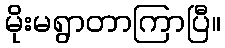
မိုးမရွာတာကြာပြီ။